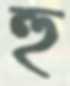
হু